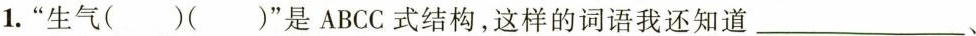
1.”生气()()”是ABCC式结构，这样的词语我还知道___、